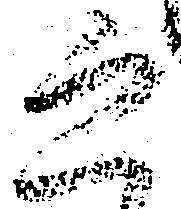
恐